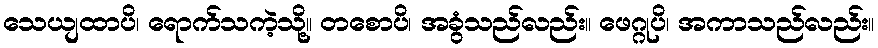
သေယျထာပိ၊ ရောက်သကဲ့သို့။ တစောပိ၊ အခွံသည်လည်း။ ဖေဂ္ဂုပိ၊ အကာသည်လည်း။